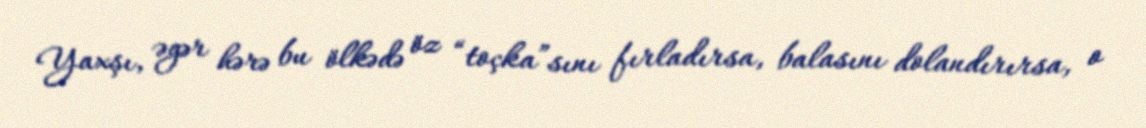
Yaxşı, əgər hərə bu ölkədə öz “toçka”sını fırladırsa, balasını dolandırırsa, o